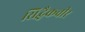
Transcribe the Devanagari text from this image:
सिद्धैकवीर